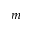
m